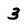
Character: 3